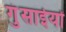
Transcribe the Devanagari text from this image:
गुंसाईयों